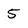
Character: 5